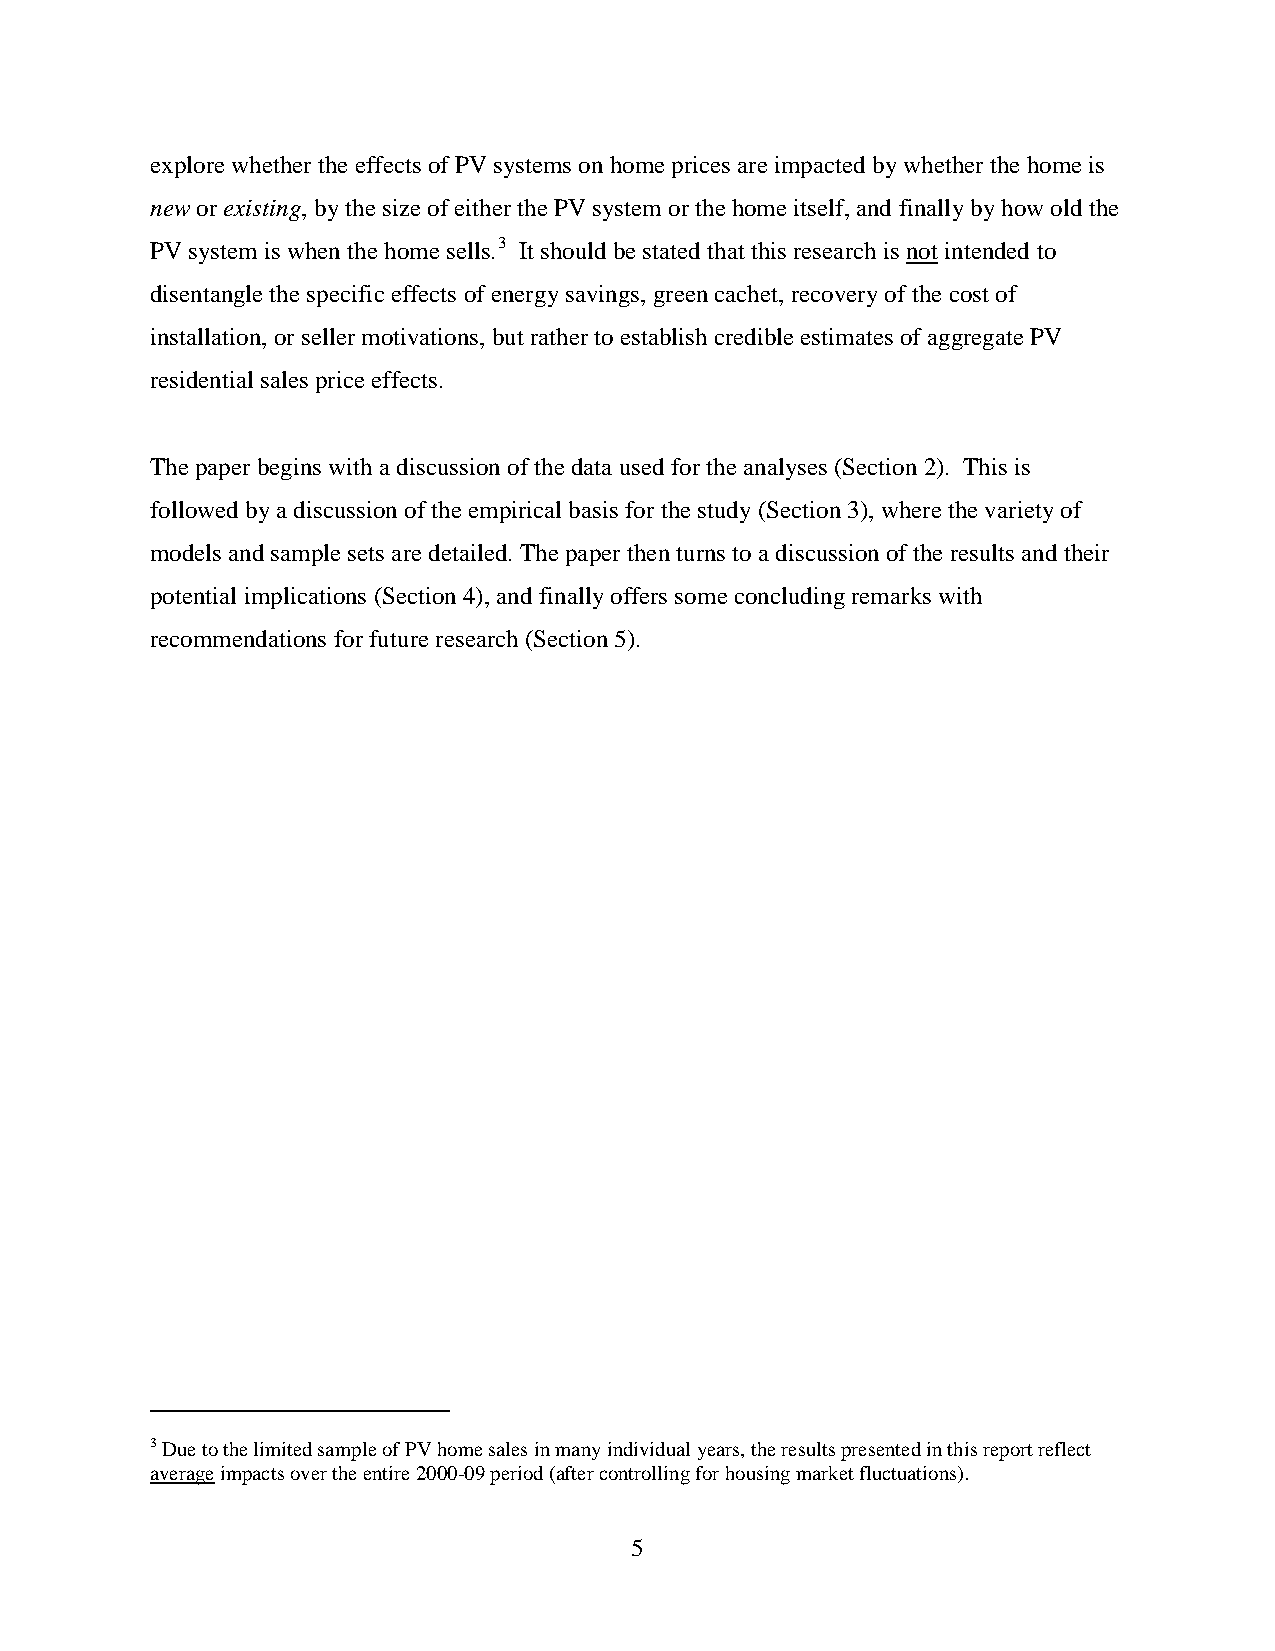
explore whether the effects of PV systems on home prices are impacted by whether the home is
 new or existing, by the size of either the PV system or the home itself, and finally by how old the
 PV system is when the home sells.3 It should be stated that this research is not intended to
 disentangle the specific effects of energy savings, green cachet, recovery of the cost of
 installation, or seller motivations, but rather to establish credible estimates of aggregate PV
 residential sales price effects.
 The paper begins with a discussion of the data used for the analyses (Section 2). This is
 followed by a discussion of the empirical basis for the study (Section 3), where the variety of
 models and sample sets are detailed. The paper then turns to a discussion of the results and their
 potential implications (Section 4), and finally offers some concluding remarks with
 recommendations for future research (Section 5).
 3 Due to the limited sample of PV home sales in many individual years, the results presented in this report reflect
 average impacts over the entire 2000-09 period (after controlling for housing market fluctuations).
 5